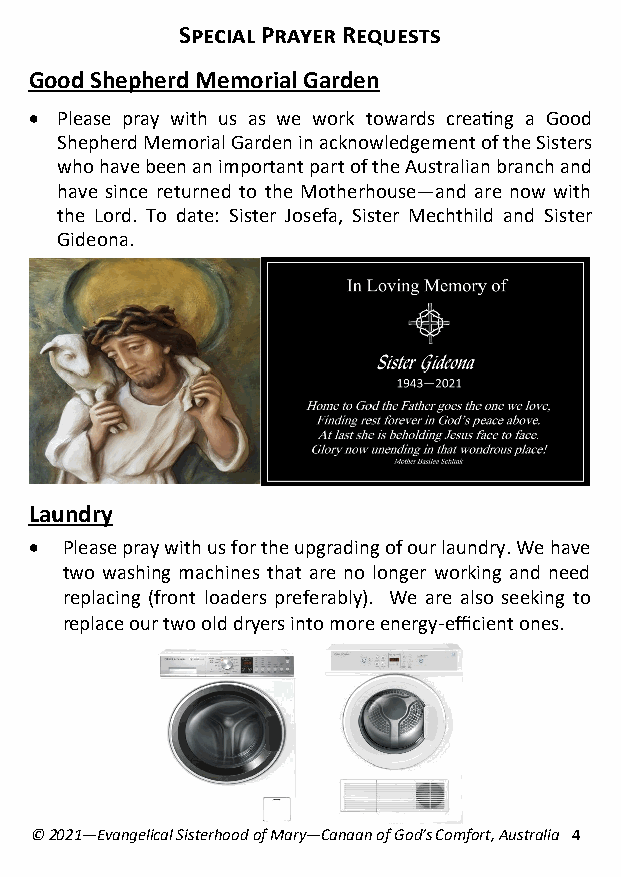
Special Prayer Requests
 Good Shepherd Memorial Garden
 • Please pray with us as we work towards creating a Good
 Shepherd Memorial Garden in acknowledgement of the Sisters
 who have been an important part of the Australian branch and
 have since returned to the Motherhouse—and are now with
 the Lord. To date: Sister Josefa, Sister Mechthild and Sister
 Gideona.
 Laundry
 • Please pray with us for the upgrading of our laundry. We have
 two washing machines that are no longer working and need
 replacing (front loaders preferably). We are also seeking to
 replace our two old dryers into more energy-efficient ones.
 © 2021—Evangelical Sisterhood of Mary—Canaan of God’s Comfort, Australia 4